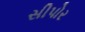
સીપોર